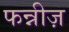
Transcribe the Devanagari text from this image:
फन्नीज़